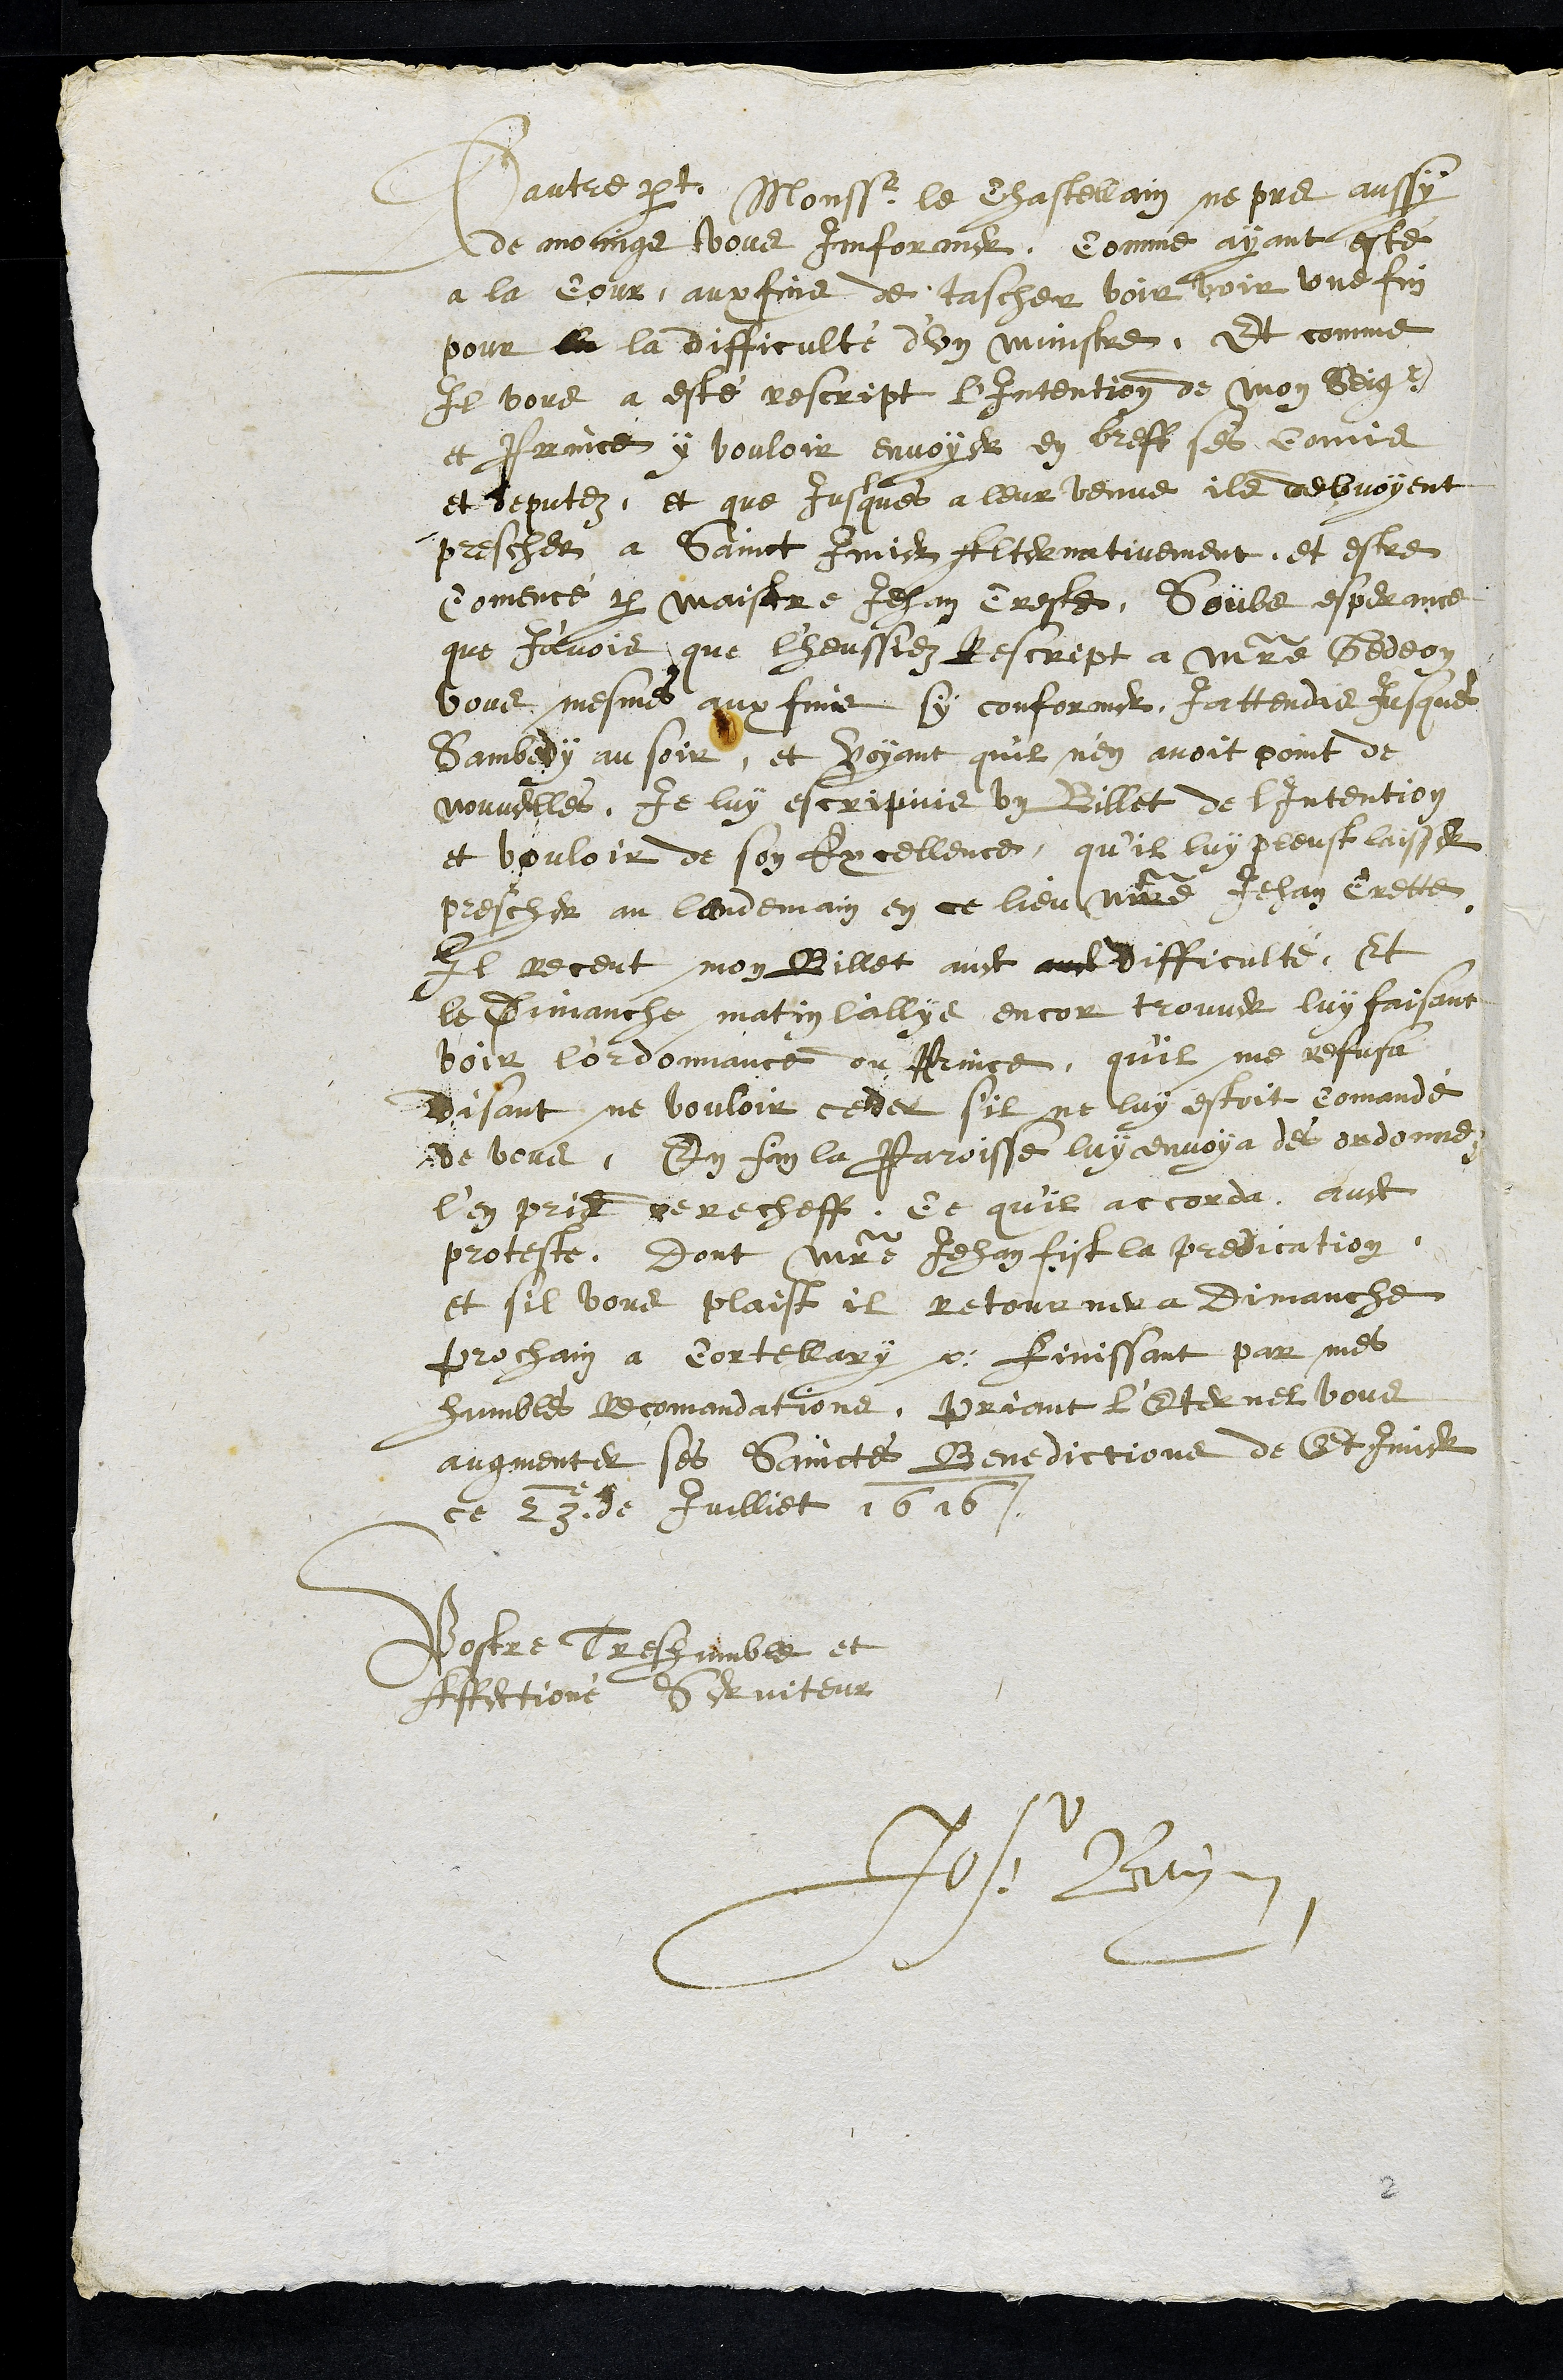
dautre part Monssr le Chastellain ne pus aussy
de moings vous Informer, Comme ayant esté
a la Cour, aux fins de tascher voir voir une fin
pour la la difficulté d’un ministre, Et comme
Il vous a esté rescript l'Intention de mon Seigr
et Prince y vouloir envoyer en breff ses comis
et deputez, et que jusques a leur venue ils debvoyent
prescheera Sainct Imier Alternativement et estre
comencé par maistre Jehan Creste, Soubs esperance
que J'avois que l'heussiez Rescript a maistre Gedeon
vous mesmes aux fins sy conformer, J'attendais Jusques
Sambedy au soir, et voyant quil n'en avoit point de
nouvelles, Je luy escripvis un Billet de l'Intention
et vouloir de son Excellence, qu'il luy pleust laisser
prescher au lendemain en ce lieu maitre Jehan Crette,
Il receut mon Billet avec aud difficulté. Et
le Dimanche matin l'allys encor trouver luy faisant
voir l'ordonnance du Prince, quil me refusa
disant ne vouloir ceder sil ne luy estoit comandé
de vous, En fin la Paroisse luy envoya des ordonne
l'en pria derecheff, ce quil accorda avec
proteste, Dont maistre Jehan fist la predication
et sil vous plaist il retournera Dimanche
prochain à Cortellary ; finissant par mes
humbles recommandations, priant L'Eternel vous
augmenter ses Sainctes Benedictions de St Imier
ce 23e de Juilliet 1616
Vostre Tres humble et
Affectioné Serviteur
Jos: Beynon
2